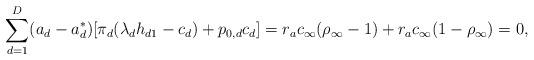
LaTeX: \begin{align*} \sum_{d=1}^D (a_d - a^*_d)[\pi_d(\lambda_d h_{d1} - c_d) + p_{0,d}c_d] = r_a c_\infty (\rho_\infty - 1) + r_a c_\infty (1 - \rho_\infty) = 0,\end{align*}